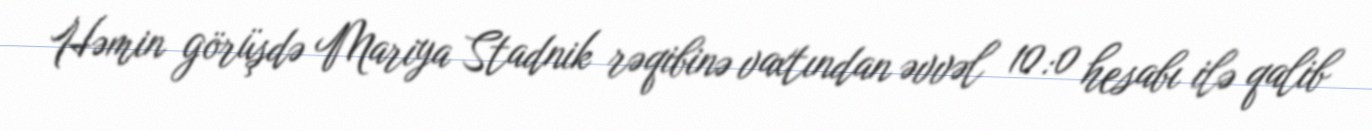
Həmin görüşdə Mariya Stadnik rəqibinə vaxtından əvvəl 10:0 hesabı ilə qalib